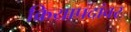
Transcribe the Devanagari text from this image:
क्रियापदांवर